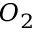
O _ { 2 }